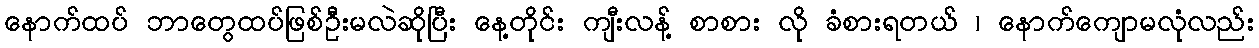
နောက်ထပ် ဘာတွေထပ်ဖြစ်ဦးမလဲဆိုပြီး နေ့တိုင်း ကျီးလန့် စာစား လို ခံစားရတယ် ၊ နောက်ကျောမလုံလည်း